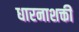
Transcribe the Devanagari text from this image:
धारनाशक्ती